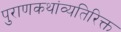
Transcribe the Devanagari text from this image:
पुराणकथांव्यतिरिक्त